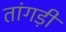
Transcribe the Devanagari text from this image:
तांगड़ी